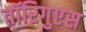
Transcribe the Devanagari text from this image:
तॉरिगुएस